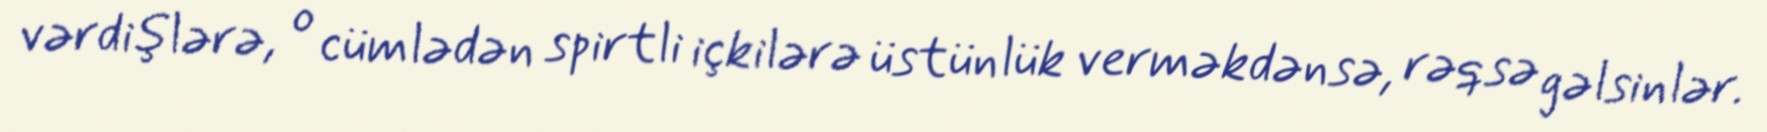
vərdişlərə, o cümlədən spirtli içkilərə üstünlük verməkdənsə, rəqsə gəlsinlər.